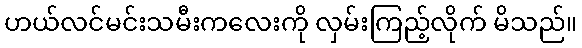
ဟယ်လင်မင်းသမီးကလေးကို လှမ်းကြည့်လိုက် မိသည်။